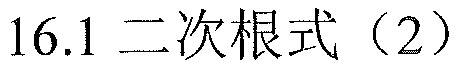
\(16.1\) 二次根式（2）